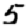
Digit: 5